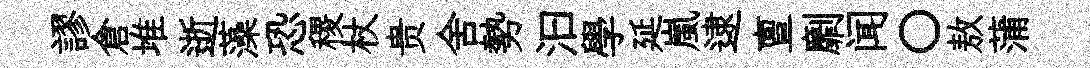
謬倉堆逝藻恐稷杖贵舍勢汩學延嵐逮亶劘闻〇敖蒲